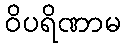
ဝိပရိဏာမ